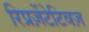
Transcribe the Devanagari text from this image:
रिप्रज़ेंटेटिवज़